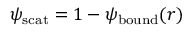
\psi _ { \mathrm { s c a t } } = 1 - \psi _ { \mathrm { b o u n d } } ( r )